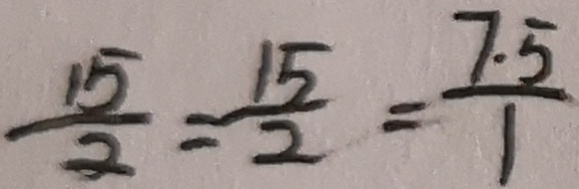
\frac { 1 5 } { 2 } = \frac { 1 5 } { 2 } = \frac { 7 . 5 } { 1 }